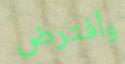
وأفترض